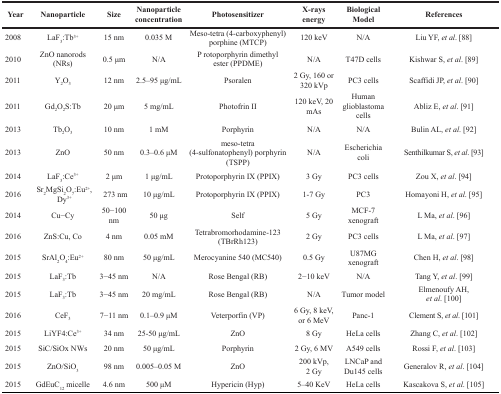
<table><thead><tr><td><b>Year</b></td><td><b>Nanoparticle</b></td><td><b>Size</b></td><td><b>Nanoparticle concentration</b></td><td><b>Photosensitizer</b></td><td><b>X-rays energy</b></td><td><b>Biological Model</b></td><td><b>References</b></td></tr></thead><tbody><tr><td>2008</td><td>LaF<sub>3</sub>:Tb<sup>3+</sup></td><td>15 nm</td><td>0.035 M</td><td>Meso-tetra (4-carboxyphenyl) porphine (MTCP)</td><td>120 keV</td><td>N/A</td><td>Liu YF, <i>et al</i>. [88]</td></tr><tr><td>2010</td><td>ZnO nanorods (NRs)</td><td>0.5 μm</td><td>N/A</td><td>P rotoporphyrin dimethyl ester (PPDME)</td><td>N/A</td><td>T47D cells</td><td>Kishwar S, <i>et al</i>. [89]</td></tr><tr><td>2011</td><td>Y<sub>2</sub>O<sub>3</sub></td><td>12 nm</td><td>2.5–95 μg/mL</td><td>Psoralen</td><td>2 Gy, 160 or 320 kVp</td><td>PC3 cells</td><td>Scaffidi JP, <i>et al</i>. [90]</td></tr><tr><td>2011</td><td>Gd<sub>2</sub>O<sub>2</sub>S:Tb</td><td>20 μm</td><td>5 mg/mL</td><td>Photofrin II</td><td>120 keV, 20 mAs</td><td>Human glioblastoma cells</td><td>Abliz E, <i>et al</i>. [91]</td></tr><tr><td>2013</td><td>Tb<sub>2</sub>O<sub>3</sub></td><td>10 nm</td><td>1 mM</td><td>Porphyrin</td><td>N/A</td><td>N/A</td><td>Bulin AL, <i>et al</i>. [92]</td></tr><tr><td>2013</td><td>ZnO</td><td>50 nm</td><td>0.3–0.6 μM</td><td>meso-tetra (4-sulfonatophenyl) porphyrin (TSPP)</td><td>N/A</td><td>Escherichia coli</td><td>Senthilkumar S, <i>et al</i>. [93]</td></tr><tr><td>2014</td><td>LaF<sub>3</sub>:Ce<sup>3+</sup></td><td>2 μm</td><td>1 μg/mL</td><td>Protoporphyrin IX (PPIX)</td><td>3 Gy</td><td>PC3 cells</td><td>Zou X, <i>et al</i>. [94]</td></tr><tr><td>2016</td><td>Sr<sub>2</sub>MgSi<sub>2</sub>O<sub>7</sub>:Eu<sup>2+</sup>, Dy<sup>3+</sup></td><td>273 nm</td><td>10 μg/mL</td><td>Protoporphyrin IX (PPIX)</td><td>1-7 Gy</td><td>PC3</td><td>Homayoni H, <i>et al</i>. [95]</td></tr><tr><td>2014</td><td>Cu−Cy</td><td>50−100 nm</td><td>50 μg</td><td>Self</td><td>5 Gy</td><td>MCF-7 xenograft</td><td>L Ma, <i>et al</i>. [96]</td></tr><tr><td>2016</td><td>ZnS:Cu, Co</td><td>4 nm</td><td>0.05 mM</td><td>Tetrabromorhodamine-123 (TBrRh123)</td><td>2 Gy</td><td>PC3 cells</td><td>L Ma, <i>et al</i>. [97]</td></tr><tr><td>2015</td><td>SrAl<sub>2</sub>O<sub>4</sub>:Eu<sup>2+</sup></td><td>80 nm</td><td>50 μg/mL</td><td>Merocyanine 540 (MC540)</td><td>0.5 Gy</td><td>U87MG xenograft</td><td>Chen H, <i>et al</i>. [98]</td></tr><tr><td>2015</td><td>LaF<sub>3</sub>:Tb</td><td>3−45 nm</td><td>N/A</td><td>Rose Bengal (RB)</td><td>2−10 keV</td><td>N/A</td><td>Tang Y, <i>et al</i>. [99]</td></tr><tr><td>2015</td><td>LaF<sub>3</sub>:Tb</td><td>3−45 nm</td><td>20 mg/mL</td><td>Rose Bengal (RB)</td><td>N/A</td><td>Tumor model</td><td>Elmenoufy AH, <i>et al</i>. [100]</td></tr><tr><td>2016</td><td>CeF<sub>3</sub></td><td>7−11 nm</td><td>0.1–0.9 μM</td><td>Veterporfin (VP)</td><td>6 Gy, 8 keV, or 6 MeV</td><td>Panc-1</td><td>Clement S, <i>et al</i>. [101]</td></tr><tr><td>2015</td><td>LiYF4:Ce<sup>3+</sup></td><td>34 nm</td><td>25-50 μg/mL</td><td>ZnO</td><td>8 Gy</td><td>HeLa cells</td><td>Zhang C, <i>et al</i>. [102]</td></tr><tr><td>2015</td><td>SiC/SiOx NWs</td><td>20 nm</td><td>50 μg/mL</td><td>Porphyrin</td><td>2 Gy, 6 MV</td><td>A549 cells</td><td>Rossi F, <i>et al</i>. [103]</td></tr><tr><td>2015</td><td>ZnO/SiO<sub>3</sub></td><td>98 nm</td><td>0.005–0.05 M</td><td>ZnO</td><td>200 kVp, 2 Gy</td><td>LNCaP and Du145 cells</td><td>Generalov R, <i>et al</i>. [104]</td></tr><tr><td>2015</td><td>GdEuC<sub>12</sub> micelle</td><td>4.6 nm</td><td>500 μM</td><td>Hypericin (Hyp)</td><td>5–40 KeV</td><td>HeLa cells</td><td>Kascakova S, <i>et al</i>. [105]</td></tr></tbody></table>